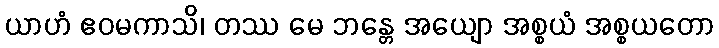
ယာဟံ ဧဝမကာသိ၊ တဿ မေ ဘန္တေ အယျော အစ္စယံ အစ္စယတော